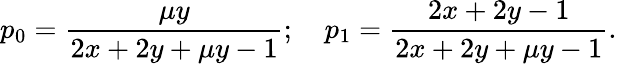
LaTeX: p_{0}=\frac{\mu y}{2x+2y+\mu y-1};\quad p_{1}=\frac{2x+2y-1}{2x+2y+\mu y-1}.